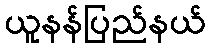
ယူနန်ပြည်နယ်